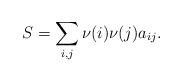
LaTeX: \begin{align*}S=\sum_{i,j}\nu(i)\nu(j)a_{ij}.\end{align*}